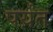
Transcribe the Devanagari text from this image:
पर्य़ंत